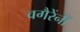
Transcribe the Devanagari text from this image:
वगैरेंनीं